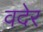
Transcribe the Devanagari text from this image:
वदेर